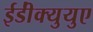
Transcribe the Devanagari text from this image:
ईडी॑क्युयुए